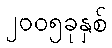
၂၀၀၅ခုနှစ်